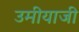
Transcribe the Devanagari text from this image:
उमीयाजी